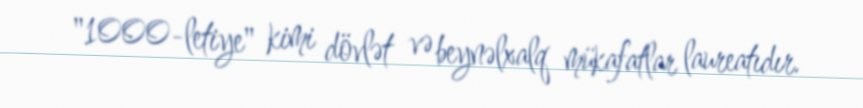
"1000-letiye" kimi dövlət və beynəlxalq mükafatlar laureatıdır.